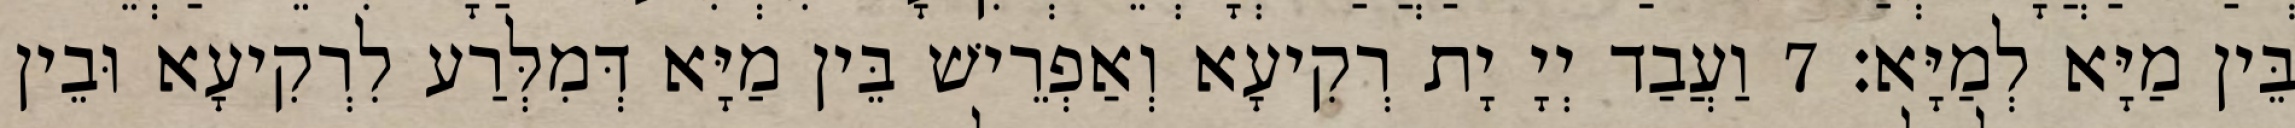
בֵּין מַיָּא לְמַיָּא׃ 7 וַעֲבַד יְיָ יָת רְקִיעָא וְאַפְרֵישׁ בֵּין מַיָּא דְּמִלְּרַע לִרְקִיעָא וּבֵין